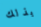
بذلك